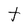
Character: t